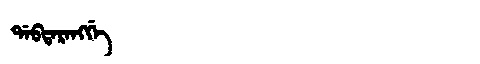
Manchu: ᡩᠠᠪᡨᠠᡵᠠᠩᡤᡝ
Romanization: DABTARANGGE